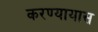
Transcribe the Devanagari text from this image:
करण्यायास